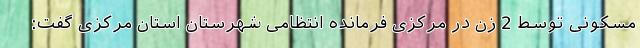
مسکونی توسط 2 زن در مرکزی فرمانده انتظامی شهرستان استان مرکزی گفت: